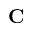
\mathbf { C }